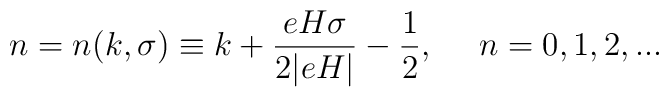
n = n(k,\sigma) \equiv k + \frac{e H \sigma}{2 |e H|} - \frac{1}{2},~~~~n = 0, 1, 2, ...